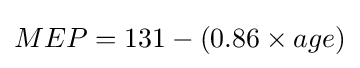
MEP=131-(0.86\times age)